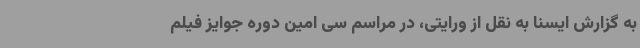
به گزارش ایسنا به نقل از ورایتی، در مراسم سی امین دوره جوایز فیلم